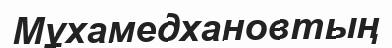
Мұхамедхановтың